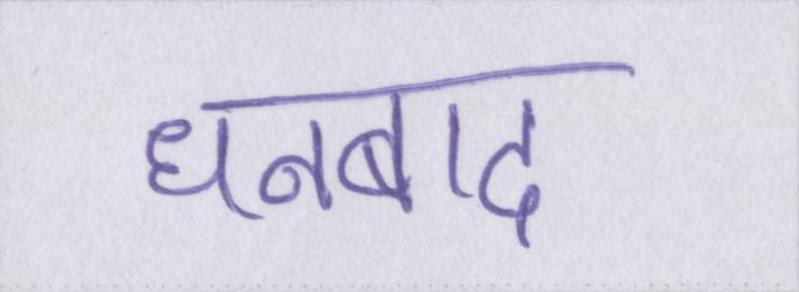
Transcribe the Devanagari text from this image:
धनबाद